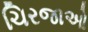
ચિરજાઓ